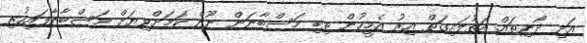
އަދި ދޯނިތައް އަތުލައިގަތް އިރު އެމީހުން ތިބި މަސްބާނަން ނޫން ކަމަށްވިޔަށް މަސްބާނާފައިހުރި